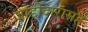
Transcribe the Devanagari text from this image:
जोडीदारासह